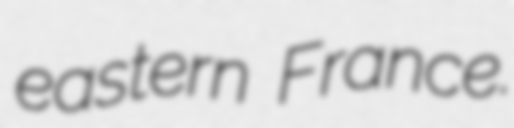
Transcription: eastern France.